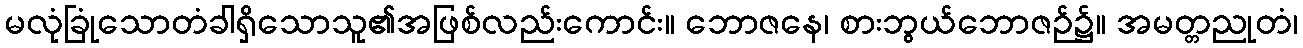
မလုံခြုံသောတံခါရှိသောသူ၏အဖြစ်လည်းကောင်း။ ဘောဇနေ၊ စားဘွယ်ဘောဇဉ်၌။ အမတ္တညုတံ၊